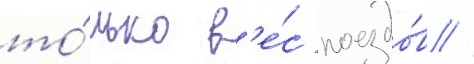
то́лько в'е́с поездо́в /